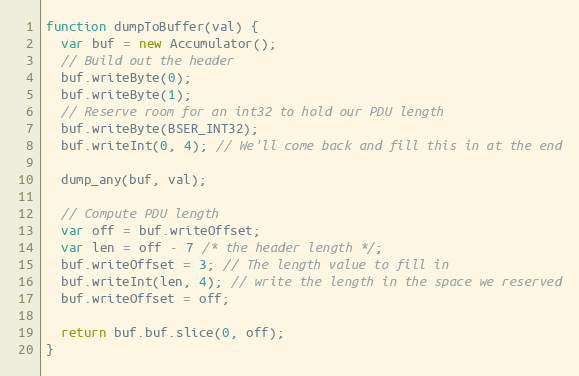
Language: JavaScript
function dumpToBuffer(val) {
  var buf = new Accumulator();
  // Build out the header
  buf.writeByte(0);
  buf.writeByte(1);
  // Reserve room for an int32 to hold our PDU length
  buf.writeByte(BSER_INT32);
  buf.writeInt(0, 4); // We'll come back and fill this in at the end

  dump_any(buf, val);

  // Compute PDU length
  var off = buf.writeOffset;
  var len = off - 7 /* the header length */;
  buf.writeOffset = 3; // The length value to fill in
  buf.writeInt(len, 4); // write the length in the space we reserved
  buf.writeOffset = off;

  return buf.buf.slice(0, off);
}